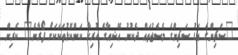
"ސަޗިންގެ އަޑު ސަޗިންގެ މެސެޖުތައް ދެކުނު އޭޝިއާގެ ހުރިހާ ކަންކޮޅުތަކަކަށް ފޯރާނެ" ކެރިން